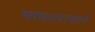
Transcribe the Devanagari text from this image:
माधवरावानें